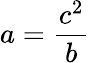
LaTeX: a={\frac{c^{2}}{b}}